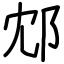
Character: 邥